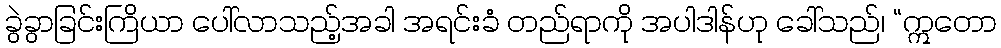
ခွဲခွာခြင်းကြိယာ ပေါ်လာသည့်အခါ အရင်းခံ တည်ရာကို အပါဒါန်ဟု ခေါ်သည်၊ “ဣတော